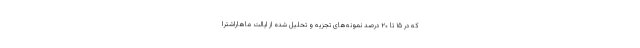
که در ۱۵ تا ۲۰ درصد نمونه‌های تجزیه و تحلیل شده از ایالت ماهاراشترا